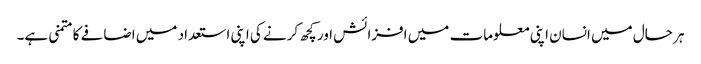
ہر حال میں انسان اپنی معلومات میں افزائش اور کچھ کرنے کی اپنی استعداد میں اضافے کا متمنی ہے۔